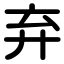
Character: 弃